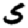
Digit: 5